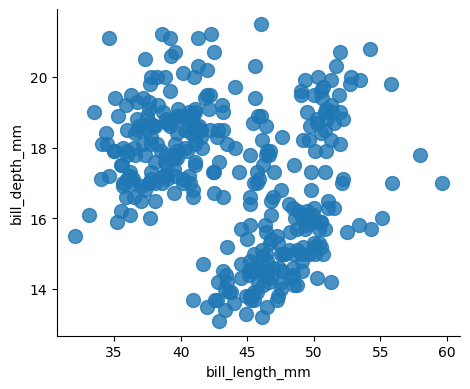
python, seaborn, lmplot, aspect=1.2, order=1, markers='o'